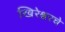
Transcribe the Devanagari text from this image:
खिरेश्वरचे